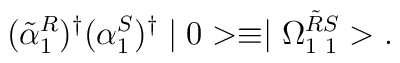
(\tilde{\alpha}^R_1)^{\dag}(\alpha^S_1)^{\dag}\mid 0>\equiv\mid\Omega_{1\hspace*{1mm}1}^{\tilde{R}S}>.